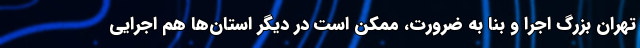
تهران بزرگ اجرا و بنا به ضرورت، ممکن است در دیگر استان‌ها هم اجرایی